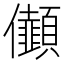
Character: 𠑯